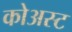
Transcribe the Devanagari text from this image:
कोअस्ट